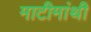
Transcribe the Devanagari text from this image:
माटीमांथी